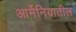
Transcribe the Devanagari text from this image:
आर्मेनियातील